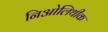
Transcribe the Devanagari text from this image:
निओलिथीक